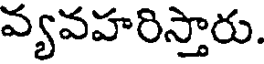
వ్యవహరిస్తారు.